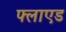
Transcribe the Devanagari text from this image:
फ्लाएड